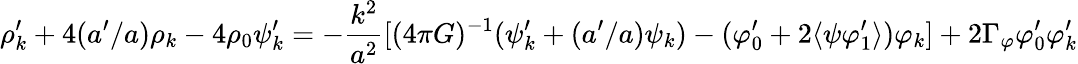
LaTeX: \rho_{k}^{\prime}+4(a^{\prime}/a)\rho_{k}-4\rho_{0}\psi_{k}^{\prime}=-\frac{k^{2}}{a^{2}}\lbrack(4\pi G)^{-1}(\psi_{k}^{\prime}+(a^{\prime}/a)\psi_{k})-(\varphi_{0}^{\prime}+2\langle\psi\varphi_{1}^{\prime}\rangle)\varphi_{k}\rbrack+2\Gamma_{\varphi}\varphi_{0}^{\prime}\varphi_{k}^{\prime}